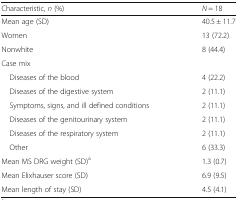
<table><thead><tr><td><b>Characteristic, <i>n</i> (%)</b></td><td><b><i>N</i> = 18</b></td></tr></thead><tbody><tr><td>Mean age (SD)</td><td>40.5 ± 11.7</td></tr><tr><td>Women</td><td>13 (72.2)</td></tr><tr><td>Nonwhite</td><td>8 (44.4)</td></tr><tr><td colspan="2">Case mix</td></tr><tr><td> Diseases of the blood</td><td>4 (22.2)</td></tr><tr><td> Diseases of the digestive system</td><td>2 (11.1)</td></tr><tr><td> Symptoms, signs, and ill defined conditions</td><td>2 (11.1)</td></tr><tr><td> Diseases of the genitourinary system</td><td>2 (11.1)</td></tr><tr><td> Diseases of the respiratory system</td><td>2 (11.1)</td></tr><tr><td> Other</td><td>6 (33.3)</td></tr><tr><td>Mean MS DRG weight (SD)<sup>a</sup></td><td>1.3 (0.7)</td></tr><tr><td>Mean Elixhauser score (SD)</td><td>6.9 (9.5)</td></tr><tr><td>Mean length of stay (SD)</td><td>4.5 (4.1)</td></tr></tbody></table>